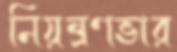
নিয়ন্ত্রণভার